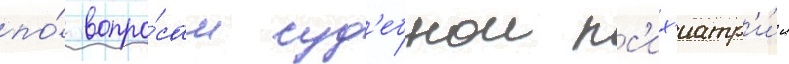
по́ вопро́сам суд'ебнои пс'их'иатр'и́и